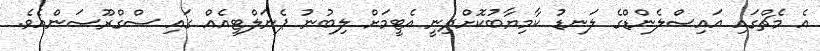
އެ މެޗްގައި އައިސްލެންޑްގެ ލަނޑު ކާމިޔާބުކޮށްދިނީ އެޓީމަށް ލިބުނު ޕެނަލްޓީއެއް ގައި ސްގްރޫސަންއެވެ.